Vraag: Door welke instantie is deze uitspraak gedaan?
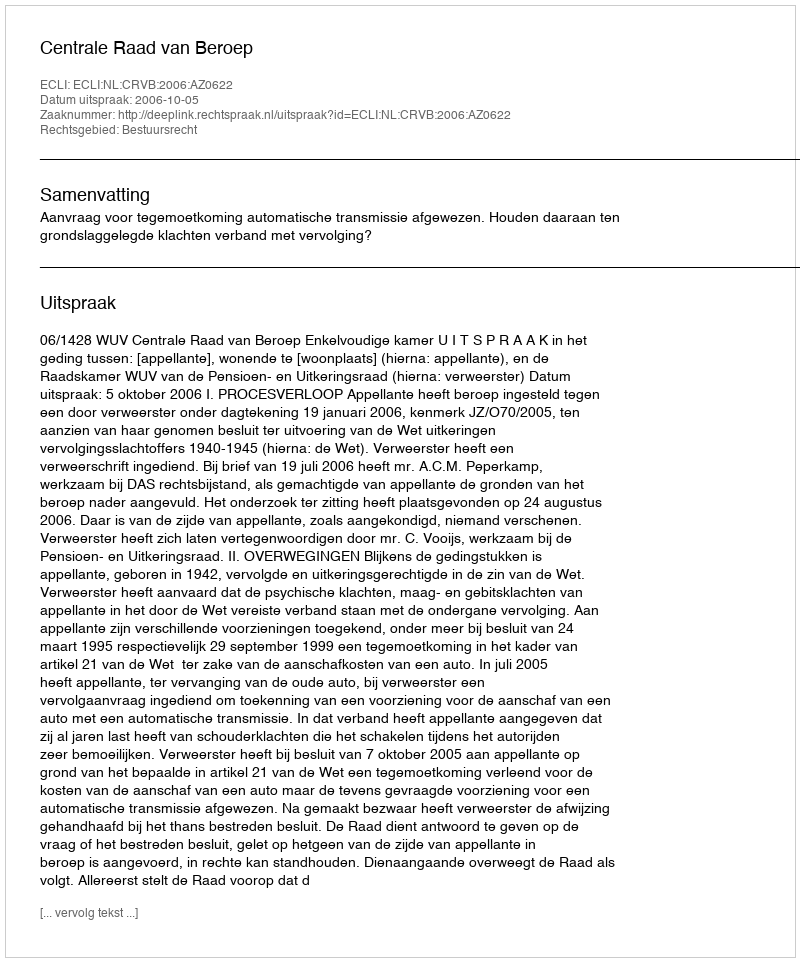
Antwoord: Centrale Raad van Beroep